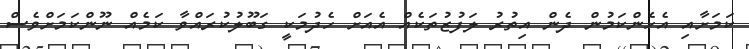
ކަމަށާއި އެހެންކަމުން ދެން އިތުރު ލަފުޒުތަކެއް އެއަށް ހެދުމަކީ ގަބޫލުކުރައްވާ ކަމެއް ނޫންކަމަށްވެސް